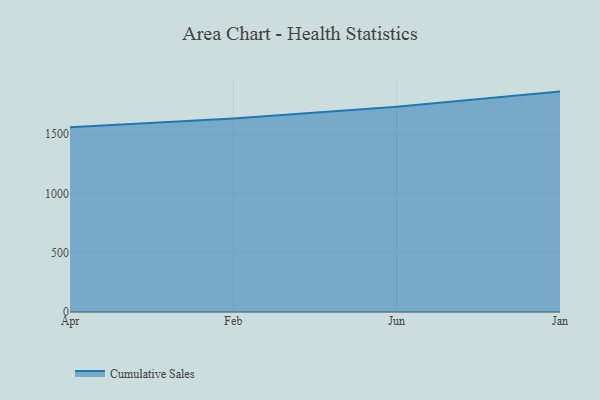
{"axis": {"x": "Month", "y": "Waste Production (Tons)"}, "legend": ["Cumulative Sales"], "data": [{"x": "Apr", "y": 1559.7, "type": "Cumulative Sales"}, {"x": "Feb", "y": 1633.2, "type": "Cumulative Sales"}, {"x": "Jun", "y": 1731.4, "type": "Cumulative Sales"}, {"x": "Jan", "y": 1859.9, "type": "Cumulative Sales"}]}